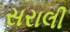
સરાલી